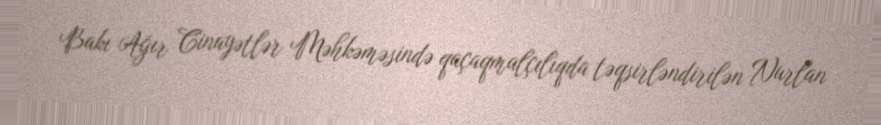
Bakı Ağır Cinayətlər Məhkəməsində qaçaqmalçılıqda təqsirləndirilən Nurlan